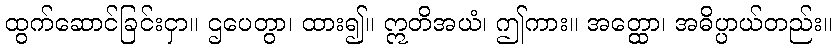
ထွက်ဆောင်ခြင်းငှာ။ ဌပေတွာ၊ ထား၍။ ဣတိအယံ၊ ဤကား။ အတ္ထော၊ အဓိပ္ပာယ်တည်း။